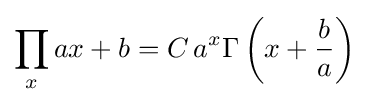
\prod _{x}ax+b=C\,a^{x}\Gamma \left(x+{\frac {b}{a}}\right)